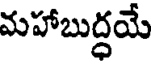
మహాబుద్ధయే